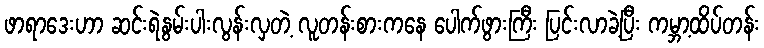
ဖာရာဒေးဟာ ဆင်းရဲနွမ်းပါးလွန်းလှတဲ့ လူတန်းစားကနေ ပေါက်ဖွားကြီး ပြင်းလာခဲ့ပြီး ကမ္ဘာ့ထိပ်တန်း